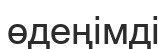
өдеңімді